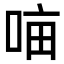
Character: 𭈈